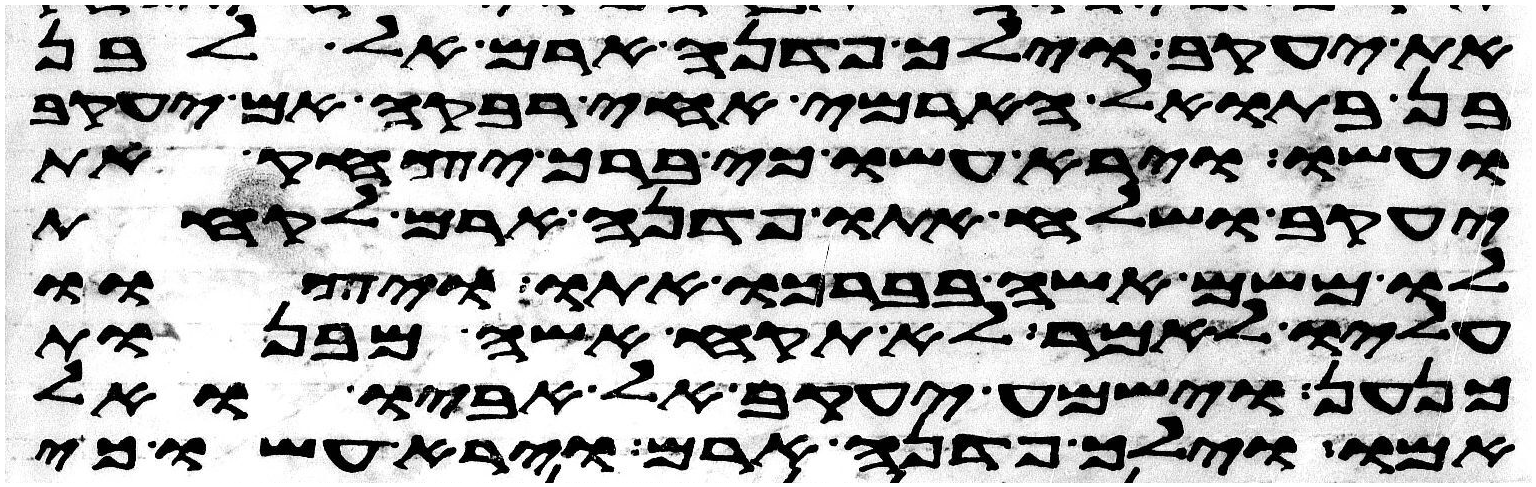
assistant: את יעקב וילך פדנה ארם אל לבן
בן בתואל הארמי אחי רבקה אם יעקב
ועשו וירא עשו כי ברך יצחק את
יעקב ושלח אתו פדנה ארם לקחת
לו משם אשה בברכו אתו ויצוו
עליו לאמר לא תקח אשה מבנות
כנען וישמע יעקב אל אביו ואל
אמו וילך פדנה ארם וירא עשו כי